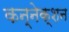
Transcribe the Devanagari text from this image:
कन्नेक्शन